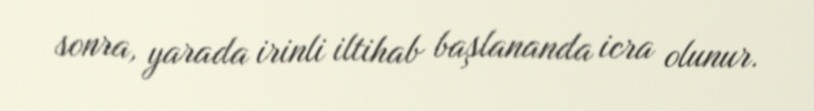
sonra, yarada irinli iltihab başlananda icra olunur.